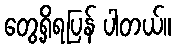
တွေ့ရှိရပြန် ပါတယ်။